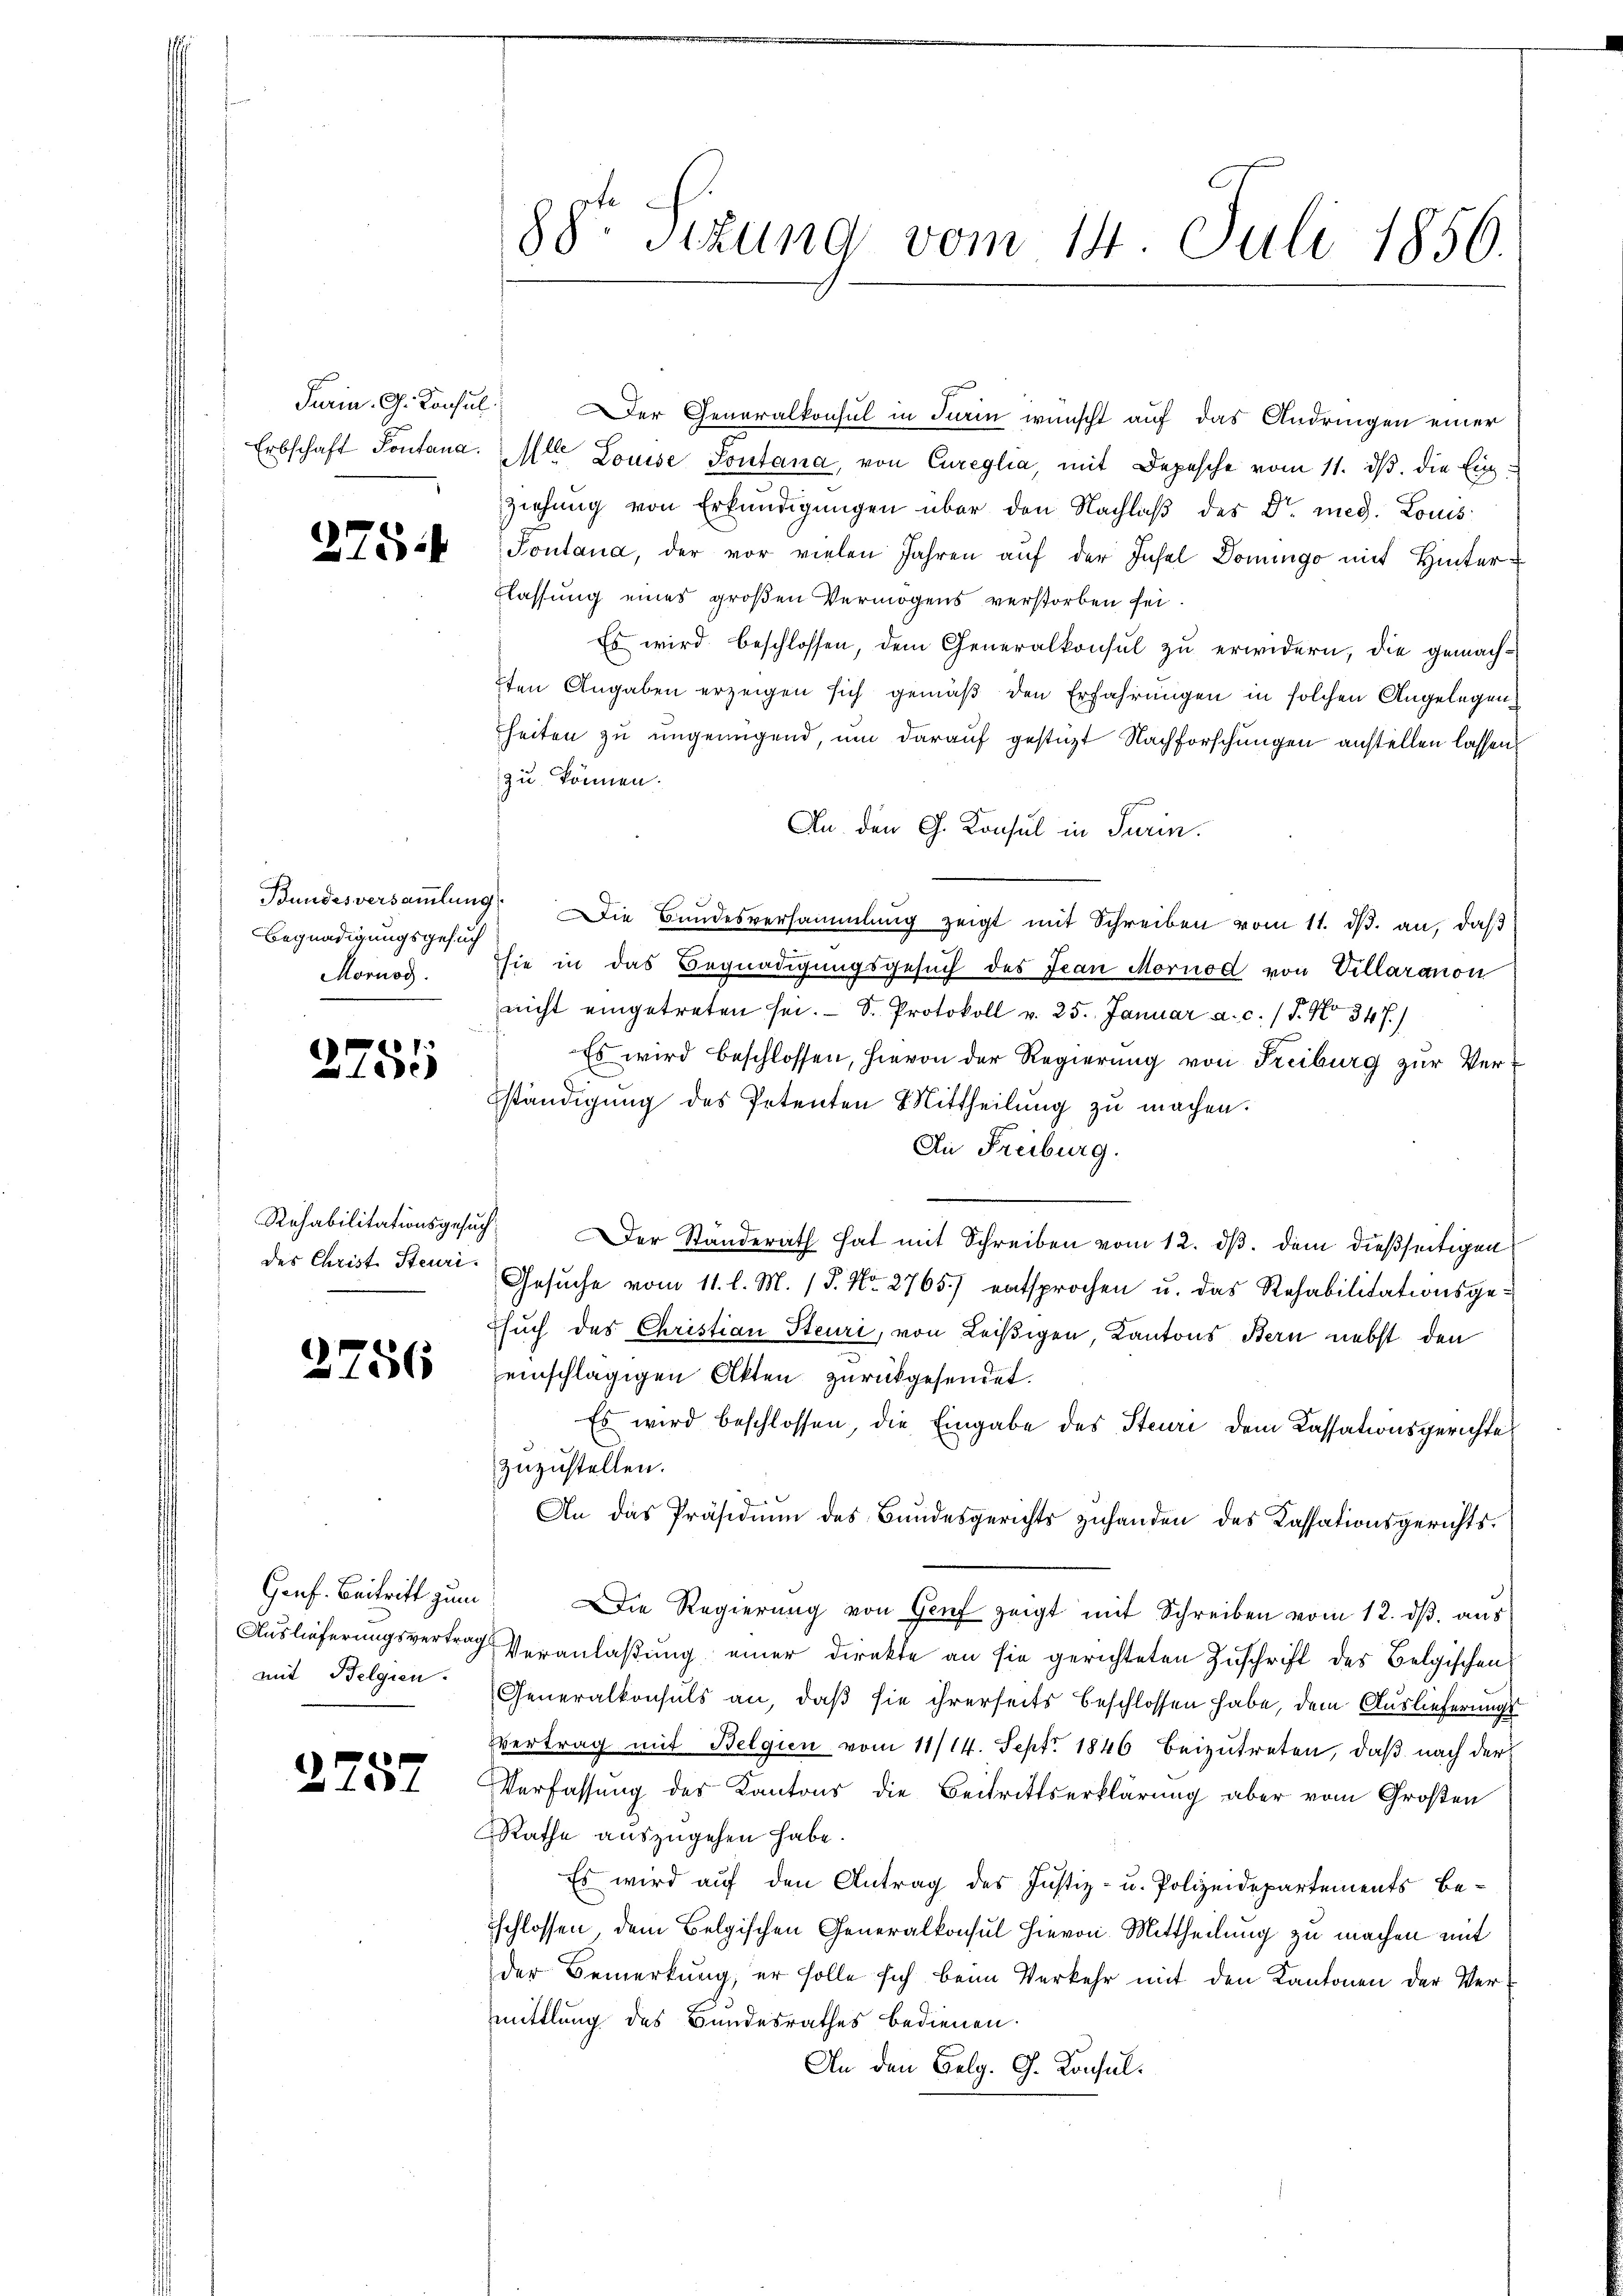
Erbschaft Pontana.

275.

Begnadigungsgesuch

e
275.

Rehabilitationsgesuch
des Christ Steuri

2756

Genf. Beitritt zum
Auslieferungsvertrag
mit Belgien.

2757

C

88te Sizung vom 14. Juli 1856.

Mlle Louise Sontana, von Cureglia, mit Depesche vom 11. dβ. die Einziehung von Erkundigungen über den Nachlaß des Dr. med. Louis
Tontana, der vor vielen Jahren aŭf der Insel Domingo mit Hinter¬
Elassung eines großen Vermögens verstorben sei.
Es wird beschlossen, dem Generalkonsul zu erwidern, die gemach¬
2ten Angaben erzeigen sich gemäß den Erfahrungen in solchen Angelegenheiten zu ungenügend, um darauf gestüzt Nachforschungen anstellen lassen,
zu können.
An den G. Konsul in Turin.
Bundesversaṁlŭng. Die Bundesversammlung zeigt mit Schreiben vom 11. dβ. an, daß
Mornog. sie in das Begnadigungsgesuch des Jean Mornod von Villaranon
nicht eingetreten sei. S. Protokoll v. 25. Januar a. c. (T. No 347.)
Es wird beschlossen, hievon der Regierŭng von Freiburg zŭr Ver-
ständigung des Petenten Mittheilung zu machen.
An Freiburg.
 Der Ständerath hat mit Schreiben vom 12. ds. dem dießseitigen
Gesuche vom 11. l. M. P. Nr. 2765.) entsprochen u. das Rehabilitationsgesuch des Christian Steuri, von Leißigen, Kantons Bern nebst den
einschlägigen Akten zurückgesendet.
Es wird beschlossen, die Eingabe des Steuri dem Kassationsgerichte
zuzustellen.
An das Präsidiŭm des Bundesgerichts zuhanden des Kassationsgerichts¬
Die Regierung von Genf zeigt mit Schreiben vom 12. ds. aus
Veranlaßung einer Direkte an sie gerichteten Zuschrift des Belgischen
Generalkonsuls an, daß sie ihrerseits beschlossen habe, dem Auslieferungsvertrag mit Belgien vom 11/14. Sept. 1846 beizutreten, daß nach der
Verfassung des Kantons die Beitrittserklärung aber vom Großen
Rathe auszugehen habe.
Es wird auf den Antrag des Justiz- u. Polizeidepartements Besschlossen, dem Belgischen Generalkonsul hievon Mittheilung zu machen mit
der Bemerkung, er solle sich beim Verkehr mit den Kantonen der Vermittlung des Bandesrathes bedienen.
An den Belg. G. Konsul¬

Juria. G. Konsul Der Generalkonsul in Turin wünscht auf das Andringen einer